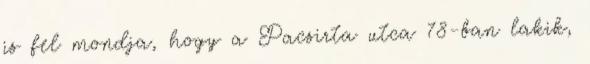
is fel mondja, hogy a Pacsirta utca 78-ban lakik,